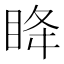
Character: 𫞳